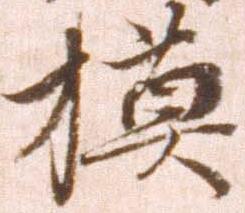
模